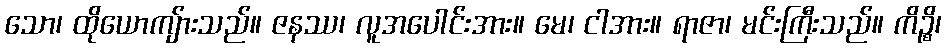
သော၊ ထိုယောကျ်ားသည်။ ဇနဿ၊ လူအပေါင်းအား။ မေ၊ ငါအား။ ရာဇာ၊ မင်းကြီးသည်။ ကိဉ္စိ၊